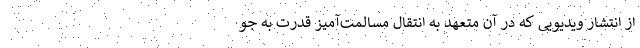
از انتشار ویدیویی که در آن متعهد به انتقال مسالمت‌آمیز قدرت به جو